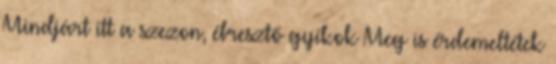
Mindjárt itt a szezon, ébresztő gyíkok Meg is érdemeltétek